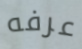
عرفه